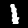
Label: 1